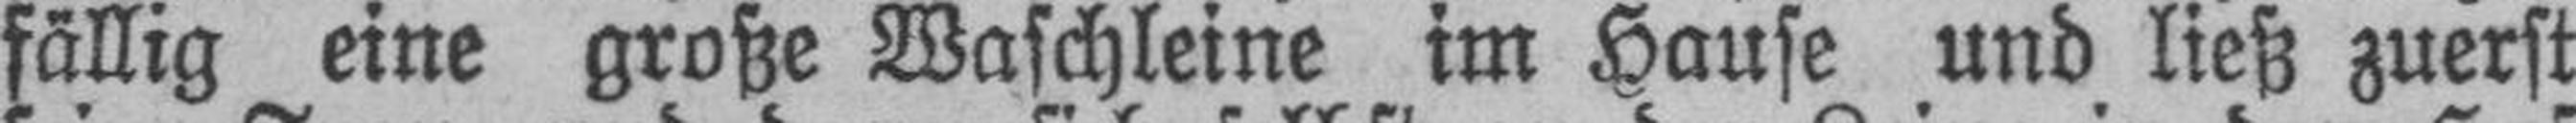
fällig eine große Waschleine im Hause und ließ zuerst